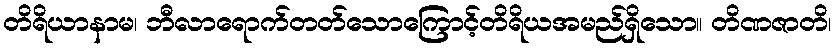
တိရိယာနာမ၊ ဘီလာရောက်တတ်သောကြောင့်တိရိယအမည်ရှိသော။ တိဏဇာတိ၊